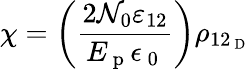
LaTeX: \chi=\left(\frac{2\mathcal{N}_{0}\varepsilon_{12}}{E_{\mathrm{~p~}}\epsilon_{\mathrm{~0~}}}\right)\rho_{12_{\mathrm{~D~}}}